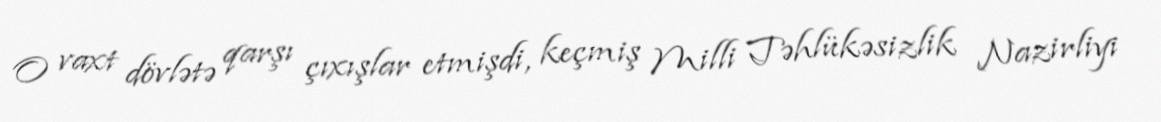
O vaxt dövlətə qarşı çıxışlar etmişdi, keçmiş Milli Təhlükəsizlik Nazirliyi